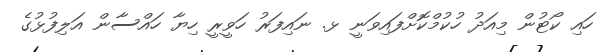
ހައި ކޯޓުން މިއަދު ހުކުމްކޮށްފައިވަނީ ޅ. ނައިފަރު ހަވީރީ ހިޔާ ހައްސާން އަލިފުޅުގެ